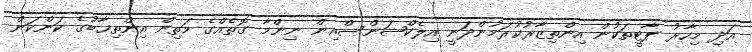
އަދި މިހާރު ޕާޓީތަކުން އިންތިޒާރުކުރަމުންދަނީ އިލެކްޝަންސްއިން ނިންމާ ގޮތެއްގެ މަތިން އިންތިޚާބުގެ ކަންކަން